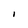
Character: I